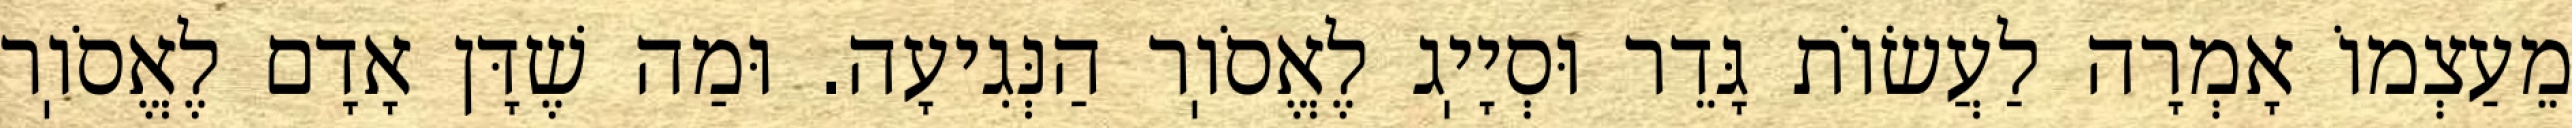
מֵעַצְמוֹ אָמְרָה לַעֲשׂוֹת גָּדֵר וּסְיָיֽג לֶאֱסֹוֽר הַנְּגִיעָה. וּמַה שֶׁדָּן אָדָם לֶאֱסֹוֽר